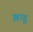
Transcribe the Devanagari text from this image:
झाडू़